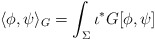
\begin{align*}\langle \phi, \psi \rangle_G= \int_\Sigma \iota^* G[\phi,\psi]\end{align*}